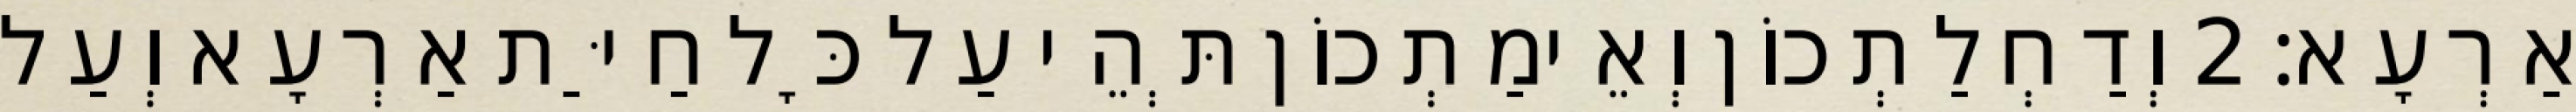
אַרְעָא׃ 2 וְדַחְלַתְכוֹן וְאֵימַתְכוֹן תְּהֵי עַל כָּל חַיַּת אַרְעָא וְעַל